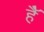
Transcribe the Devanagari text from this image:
हैॅ